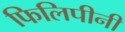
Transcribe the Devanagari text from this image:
फिलिपीनी